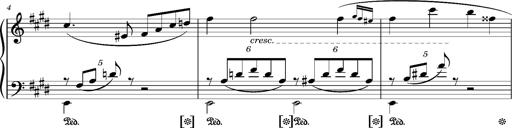
Title: Album-Leaf 'Andante molto expressivo'
Composer: Franz Liszt
Key: G-sharp minor